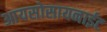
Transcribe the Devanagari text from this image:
आयसोसायनाईट